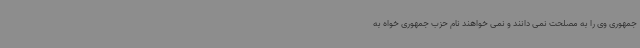
جمهوری وی را به مصلحت نمی دانند و نمی خواهند نام حزب جمهوری خواه به